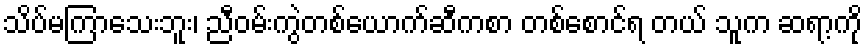
သိပ်မကြာသေးဘူး၊ ညီဝမ်းကွဲတစ်ယောက်ဆီကစာ တစ်စောင်ရ တယ် သူက ဆရာ့ကို